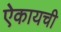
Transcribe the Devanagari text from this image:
ऐकायची